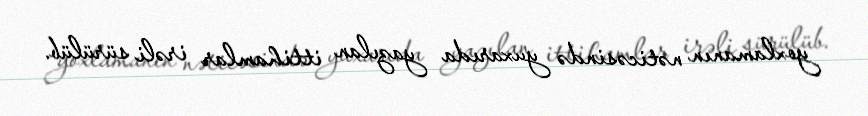
yoxlamanın nəticəsində yuxarıda yazılan ittihamlar irəli sürülüb.